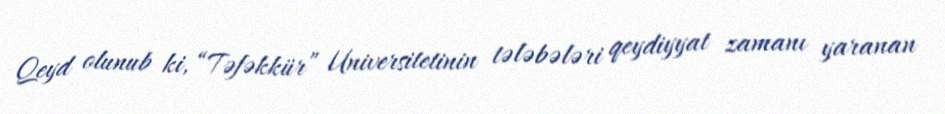
Qeyd olunub ki, “Təfəkkür” Universitetinin tələbələri qeydiyyat zamanı yaranan